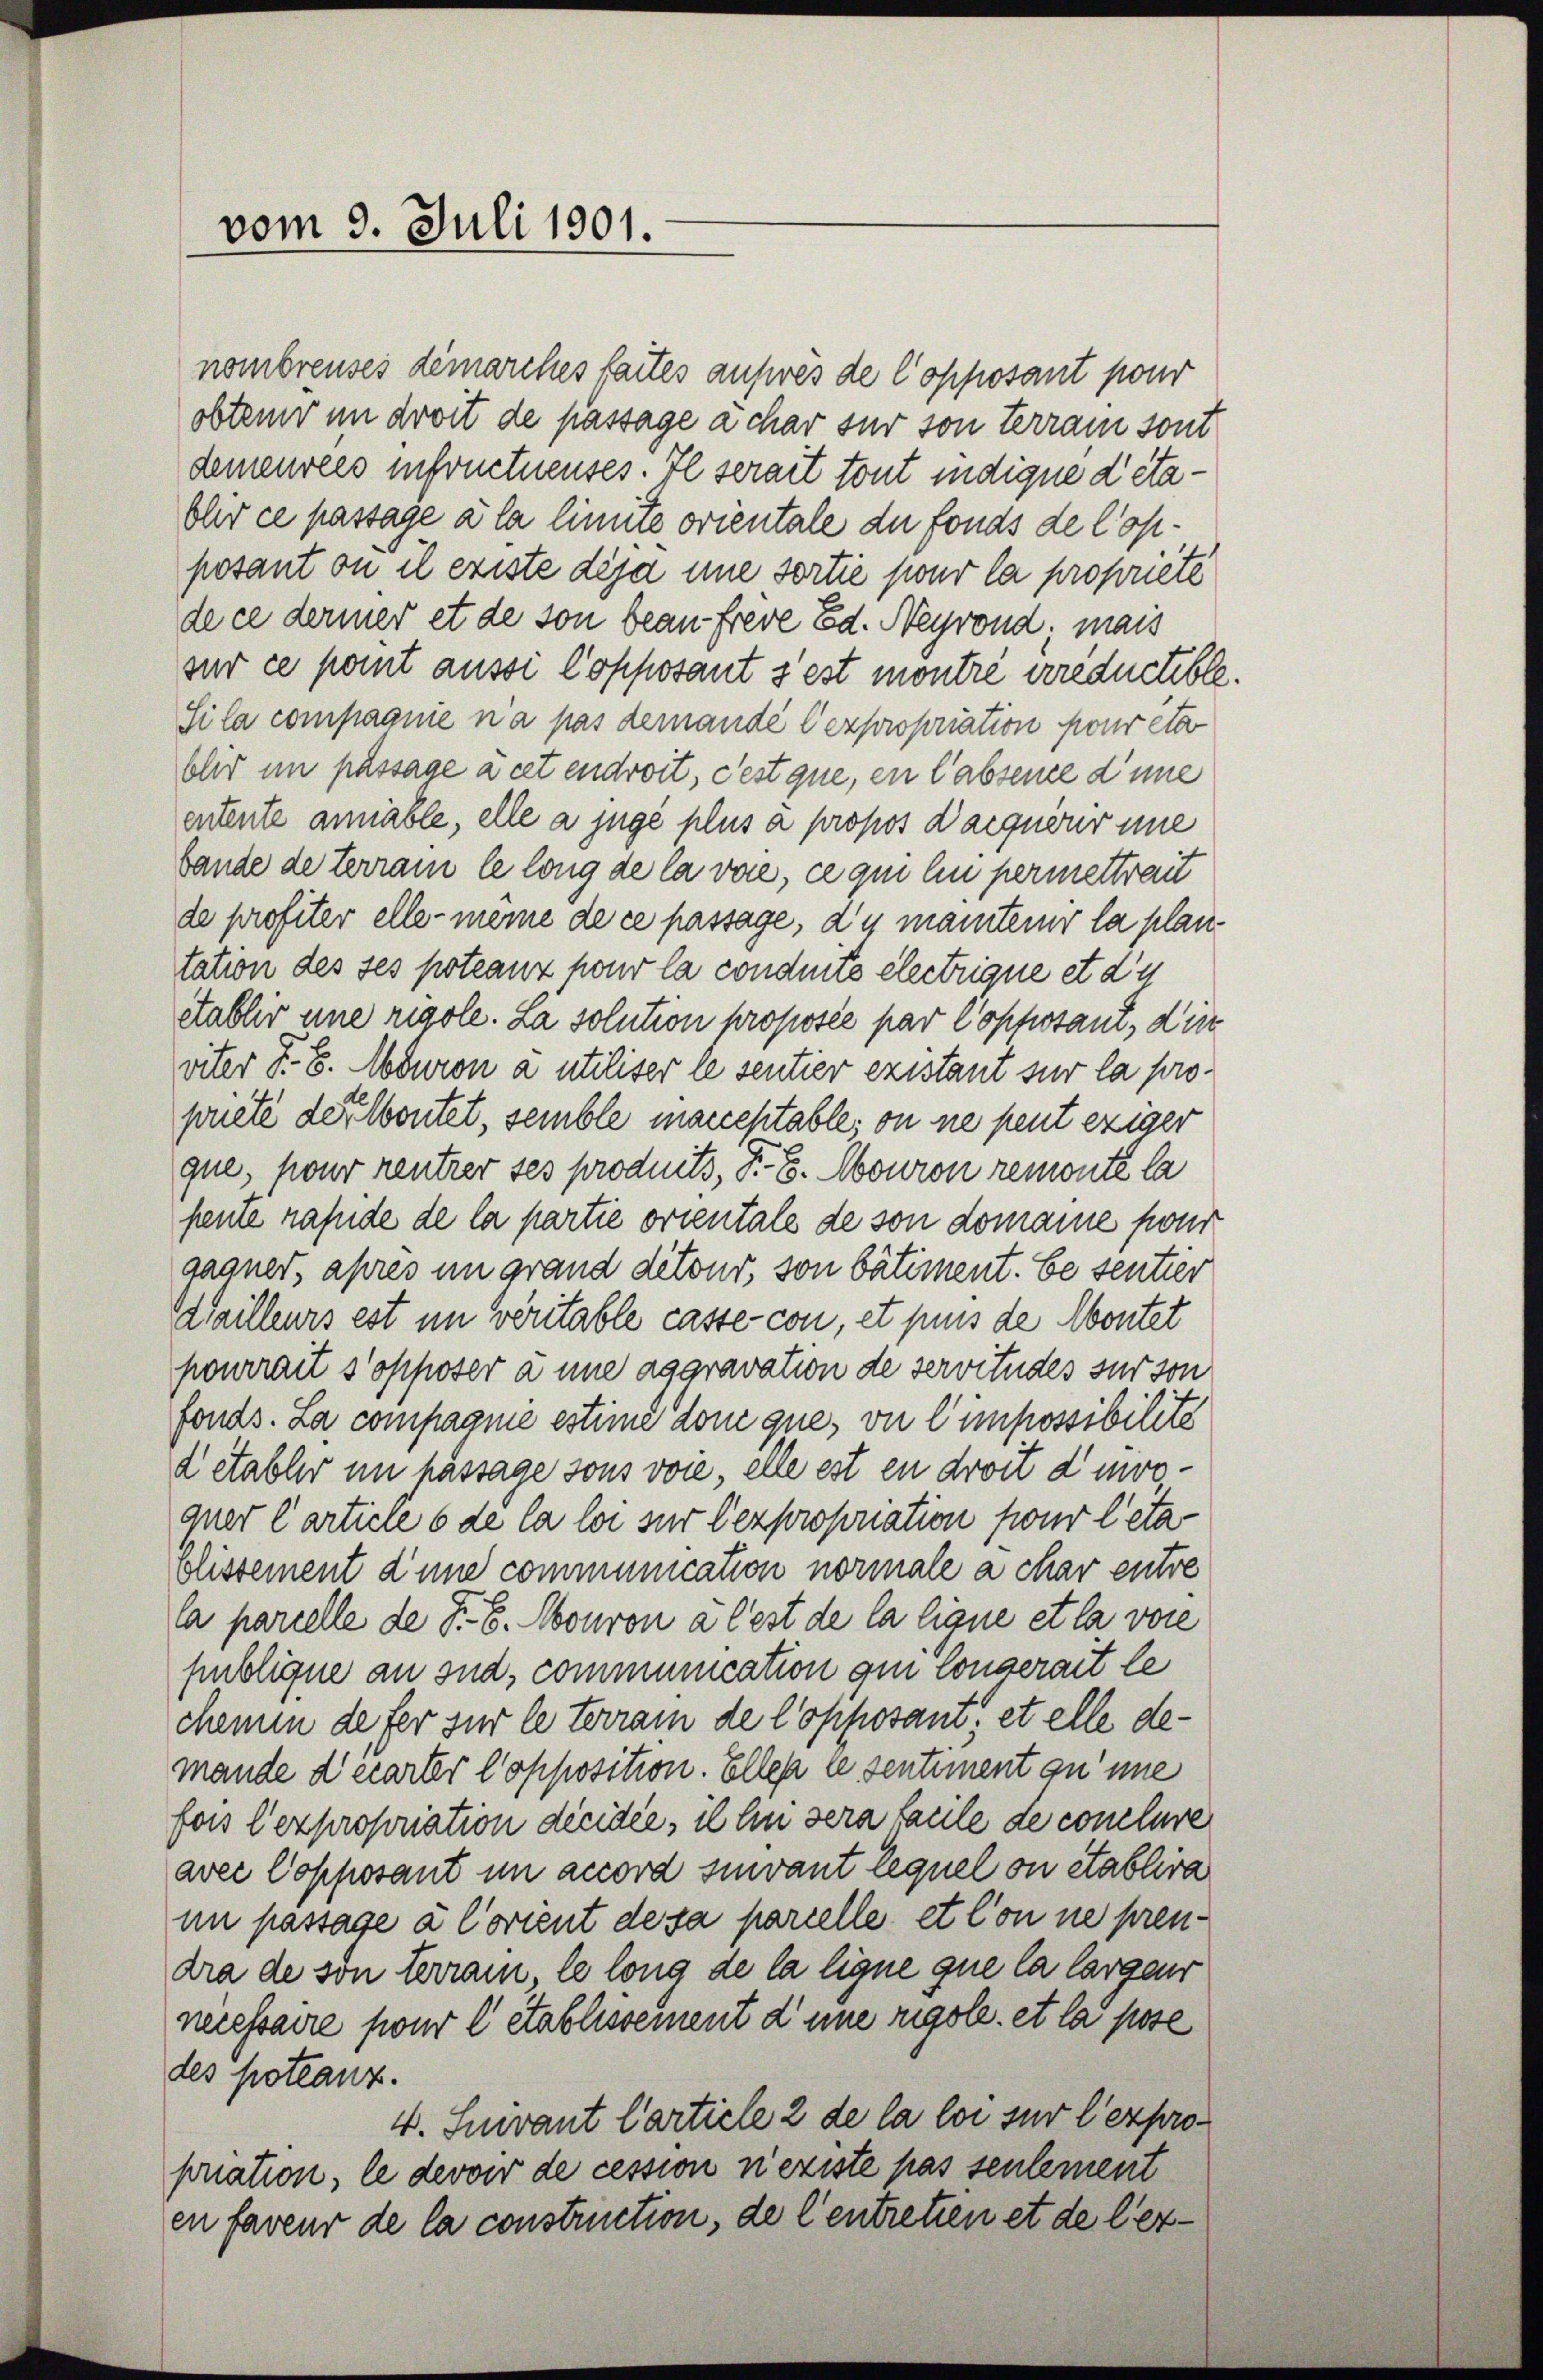
vom 9. Juli 1901.

nombreuses demarches faites aufwes de Copposant pour
obten im droit de passage a char für son terrain sont
demeurees infructuenses. Il serait tout indique d’éta¬
Ohr ce passage à la limite orientale du fonds de Copposant ou il existe dija une sortie pour la propriété
de ce dermer et de son bean freve Ed. Neyrond; mais
sur ce point aussi Copposant s’est montre erreductible
Si la compagnie na pas demandé lexpropriation pour etc
blir im passage à cet endroit, dest que, en l'absence d’une
entente anniable, elle a jugé plus a propos Dacquérir ine
bande de terrain le long de la vae, ce qui en permettreit
de profiter elle meine de ce passage, d’y maniterer la plantation des ses poteanz pour la conduits electrique et d’u
établir eine regole. La solution proposée par l’opposant, die
viter S. 8. Mouron à utiliser le sentier existant sur la propriete der Wortet, semble macceptable; on ne peut exiger
que, pour rentrer ses produits, F-8. Mouron remonte la
pente hande de la partie orientale de son domaine pon
gagner, apres im grand detour, son bâtiment. Se sentier
dailleurs est im veritable caste con, et puis de Montet
pourrait s’opposer à une aggravation de servitudes sur son
fonds. La compagnie estime don que, vie l’impossibilite
d établer im hassage sons voie, elle est en droit d mvoquer Carticle 6 de la loi sur lexpropriation pour leta
plissement d’une communication normale a char entre
la parielle de F. B. Mouron a lest de la ligne et la vore
publique an sua, communication qui Conserait le
chemin defer für le terrain de l’opposant, et elle demande derarter Copposition. Elles ce sentiment qu’une
fors l’expropriation dicidée, il ein sera faule de conclure
aver Copposant im accord sinvant lequel on établira
im passage a Corient de sa parielle et l’on ne prendra de son terrain, le long de la ligne que la largenr
necessaire pour l établissement d’une rigole et la pose
des poteanz.
v. Suivant Carticle 2 de la loi sur l’expropriation, le devoir de cession neriste pas seulement
en faveur de la construction, de Centretien et de lez¬